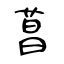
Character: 菖